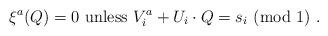
LaTeX: \begin{align*} \xi^a (Q)=0~{\mbox{unless}}~V^a_i+ U_i \cdot Q= s_i~({\mbox{mod}}~1)~.\end{align*}